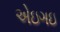
એઇગઇ